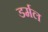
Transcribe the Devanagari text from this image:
डर्मल